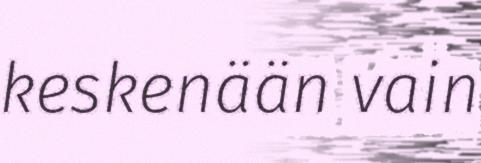
keskenään vain